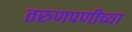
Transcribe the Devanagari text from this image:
तरुणपणीच्या